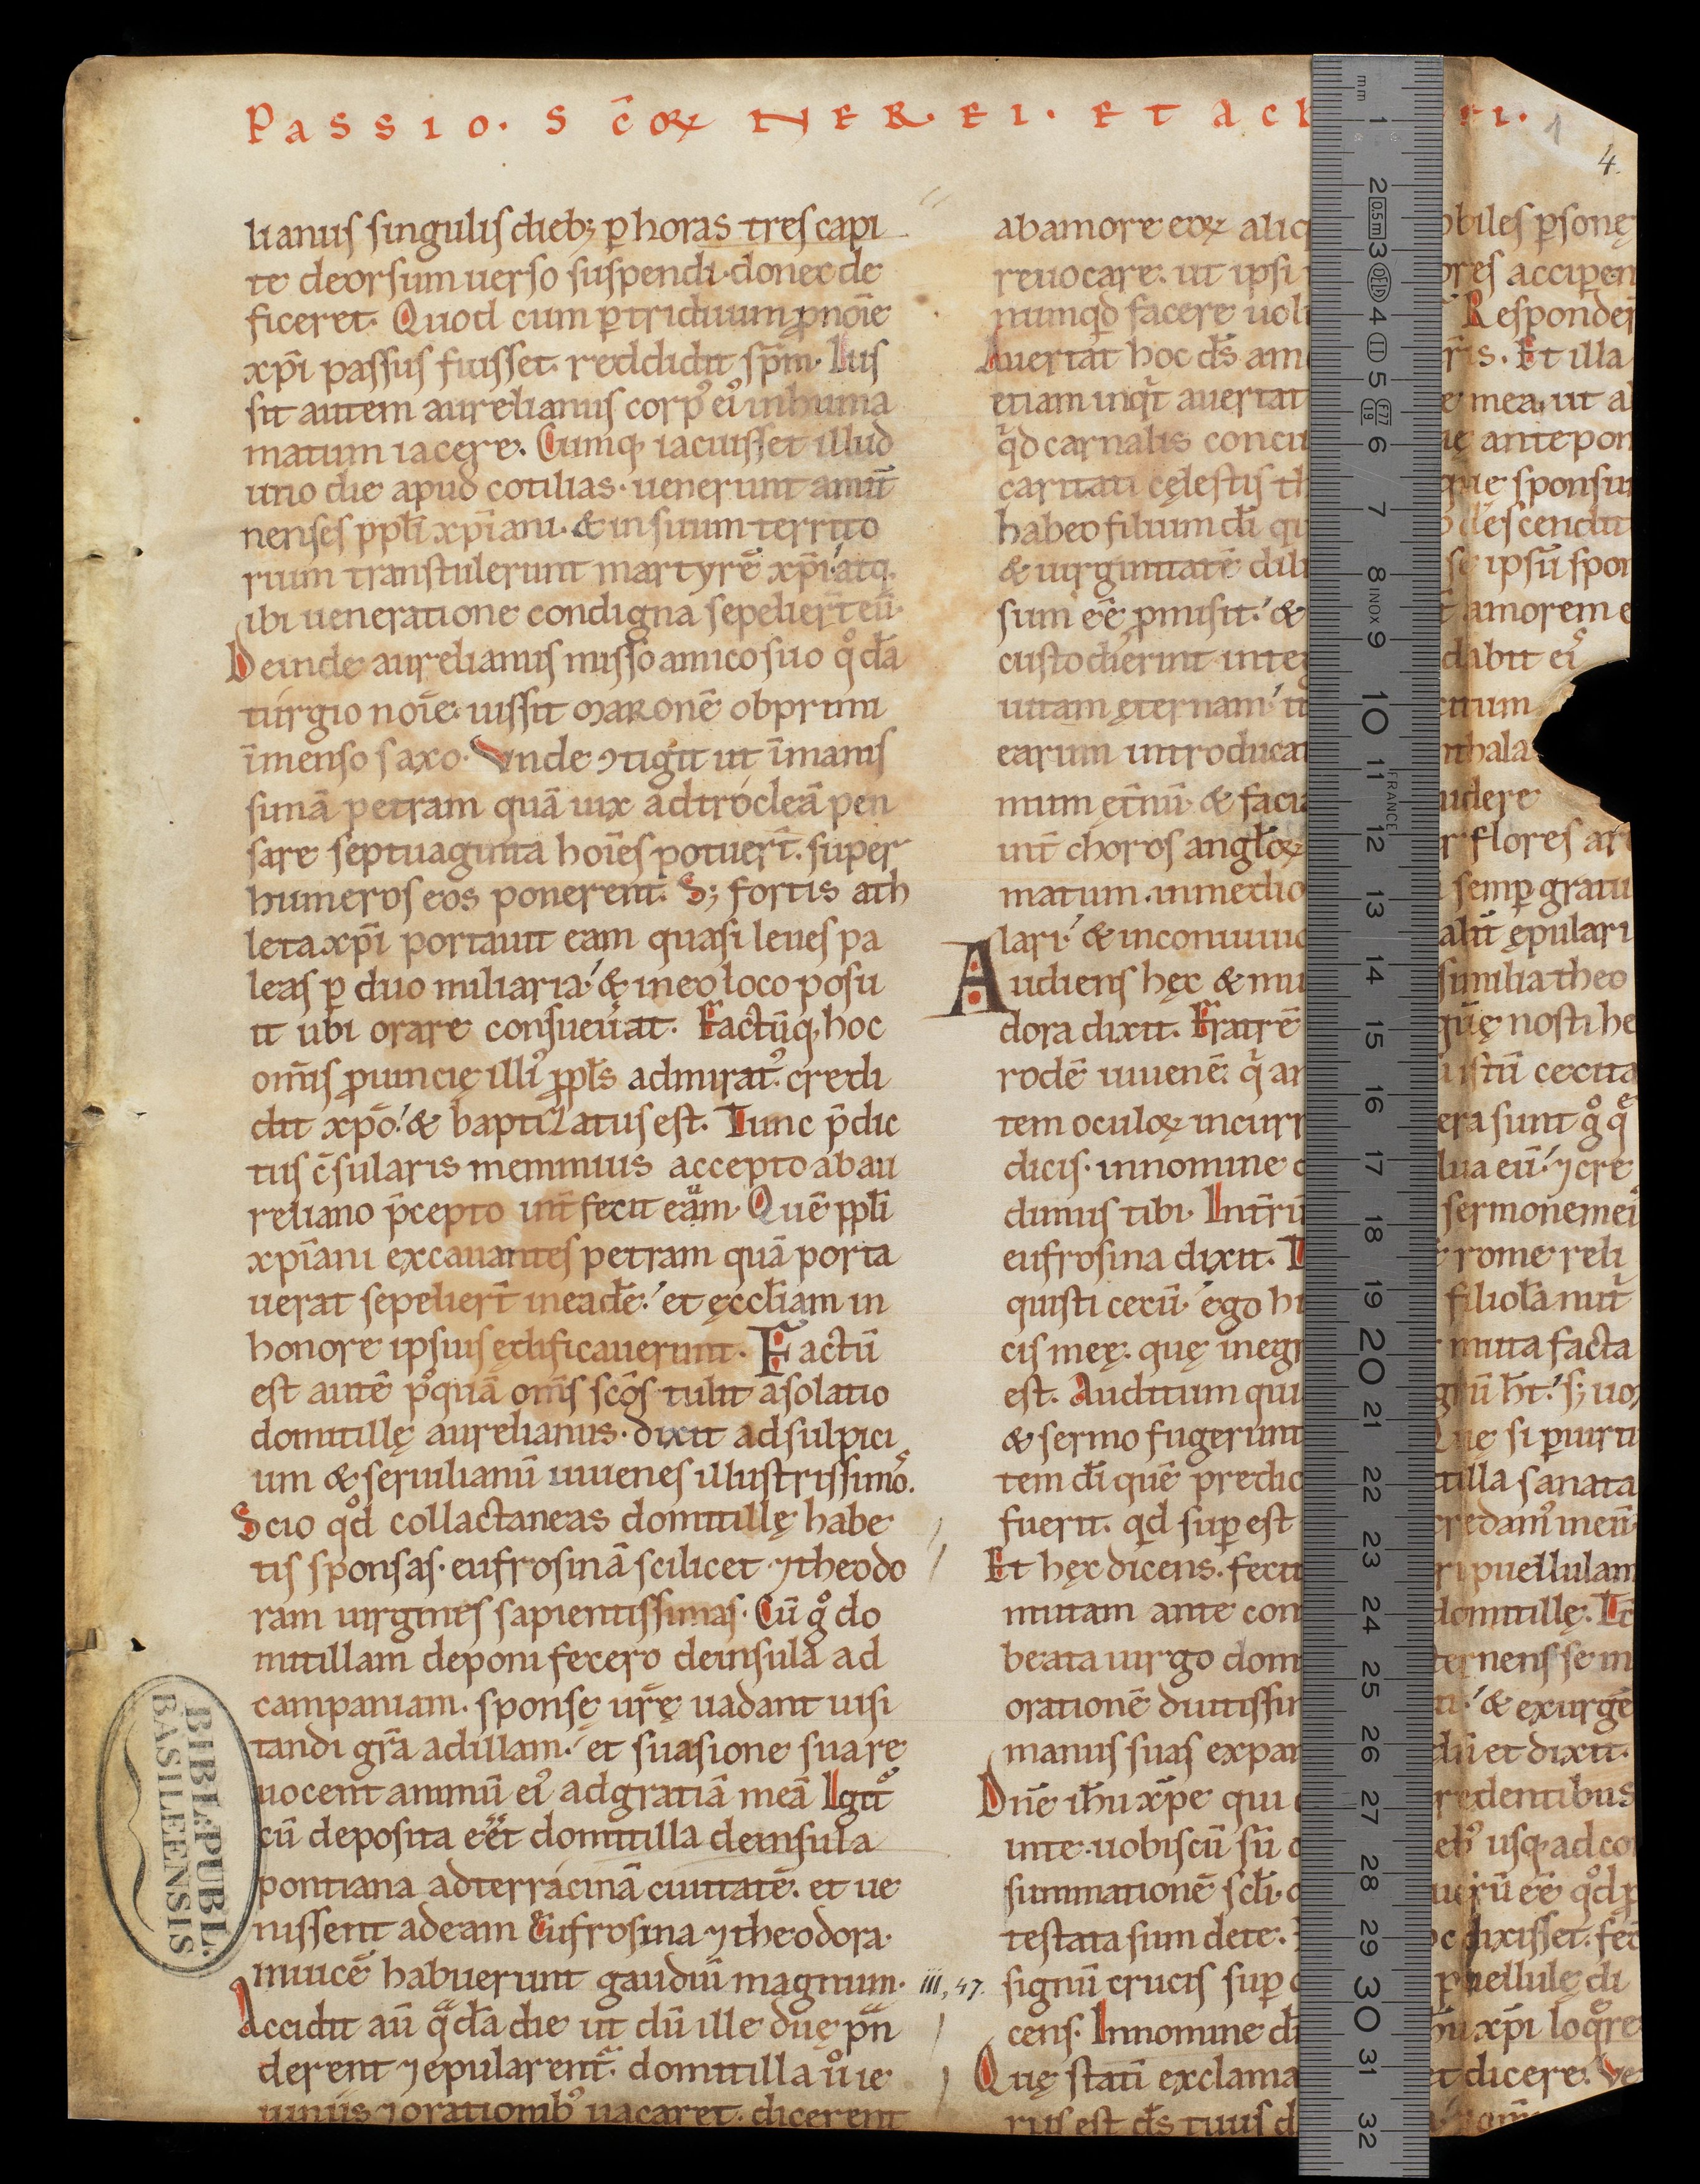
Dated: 1140–1170